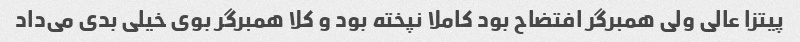
پیتزا عالی ولی همبرگر افتضاح بود کاملا نپخته بود و کلا همبرگر بوی خیلی بدی می‌داد